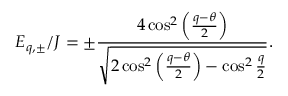
E _ { q , \pm } / J = \pm \frac { 4 \cos ^ { 2 } \left( \frac { q - \theta } { 2 } \right) } { \sqrt { 2 \cos ^ { 2 } \left( \frac { q - \theta } { 2 } \right) - \cos ^ { 2 } \frac { q } { 2 } } } .